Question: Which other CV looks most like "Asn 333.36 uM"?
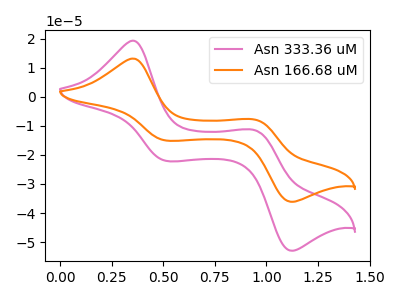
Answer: <think>The pink curve "Asn 333.36 uM" has anodic peaks at (0.35V, 19.35uA) (0.95V, -11.50uA) and cathodic peaks at (0.50V, -22.05uA) (1.10V, -53.00uA). The orange curve "Asn 166.68 uM" has anodic peaks at (0.35V, 13.20uA) (0.95V, -7.85uA) and cathodic peaks at (0.50V, -15.05uA) (1.10V, -36.15uA).
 All the peaks in "Asn 333.36 uM" have a peak in "Asn 166.68 uM" at the same potential.</think>
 <answer>The CV with the most similar shape to "Asn 166.68 uM" is "Asn 333.36 uM".</answer>
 <eval>"Asn 333.36 uM"</eval>